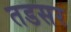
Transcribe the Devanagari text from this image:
तडसर